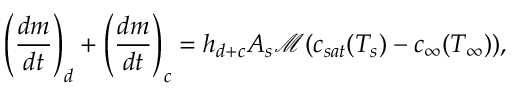
\left( \frac { d m } { d t } \right) _ { d } + \left( \frac { d m } { d t } \right) _ { c } = h _ { d + c } A _ { s } \mathcal { M } ( c _ { s a t } ( T _ { s } ) - c _ { \infty } ( T _ { \infty } ) ) ,